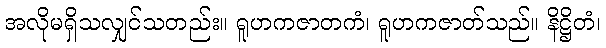
အလိုမရှိသလျှင်သတည်း။ ရူဟကဇာတကံ၊ ရူဟကဇာတ်သည်။ နိဋ္ဌိတံ၊